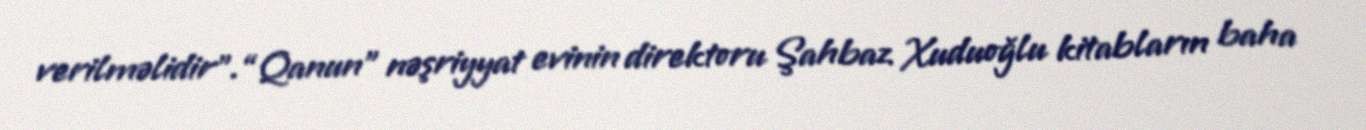
verilməlidir”.“Qanun” nəşriyyat evinin direktoru Şahbaz Xuduoğlu kitabların baha